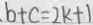
b + c = 2 k + 1